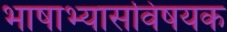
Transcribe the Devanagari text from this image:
भाषाभ्यासविषयक